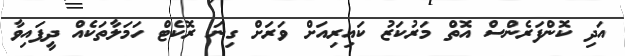
އަދި ކޮންފަރެންސް އޮތް މަރުކަޒު ކައިރިއަށް ވަރަށް ގިނަ ރޮކެޓް ހަމަލާތަކެއް ދީފައިވާ